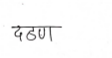
मजकूर: दठण